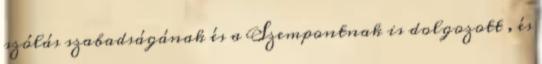
szólás szabadságának és a Szempontnak is dolgozott , és